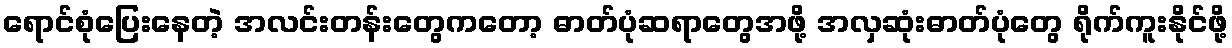
ရောင်စုံပြေးနေတဲ့ အလင်းတန်းတွေကတော့ ဓာတ်ပုံဆရာတွေအဖို့ အလှဆုံးဓာတ်ပုံတွေ ရိုက်ကူးနိုင်ဖို့